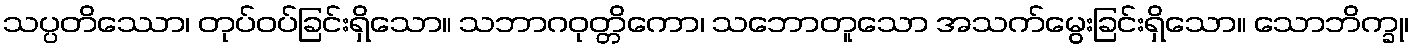
သပ္ပတိဿော၊ တုပ်ဝပ်ခြင်းရှိသော။ သဘာဂဝုတ္တိကော၊ သဘောတူသော အသက်မွေးခြင်းရှိသော။ သောဘိက္ခု၊